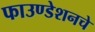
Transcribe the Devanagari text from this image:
फाउण्डेशनचे